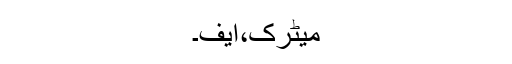
میٹرک،ایف۔